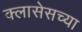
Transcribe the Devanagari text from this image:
क्लासेसच्या